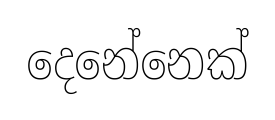
දෙනේනෙක්